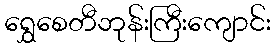
ရွှေစေတီဘုန်းကြီးကျောင်း